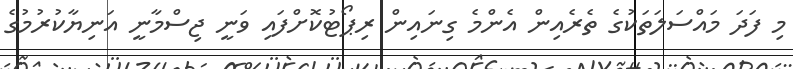
މި ފަދަ މައްސަލަތަކުގެ ތެރެއިން އެންމެ ގިނައިން ރިޕޯޓުކޮށްފައި ވަނީ ޖިސްމާނީ އަނިޔާކުރުމުގެ